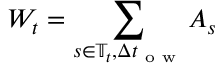
W _ { t } = \sum _ { s \in \mathbb { T } _ { t } , \Delta t _ { \textrm { o w } } } A _ { s }